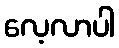
လေ့လာပါ